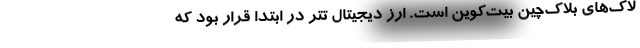
لاک‌های بلاک‌چین بیت‌کوین است. ارز دیجیتال تتر در ابتدا قرار بود که